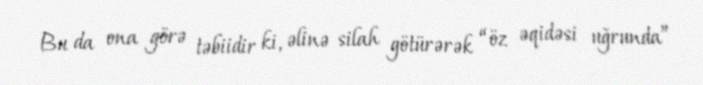
Bu da ona görə təbiidir ki, əlinə silah götürərək “öz əqidəsi uğrunda”